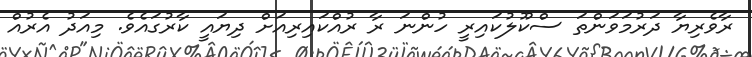
ރާވެރިޔާ ދަރުމަވަންތަ ސްކޫލުކައިރީ ހުންނަ ރާ ރުއްކައިރިއަށް ދިޔައީ ކާރުގައެވެ. މިއަދު އެރުއް